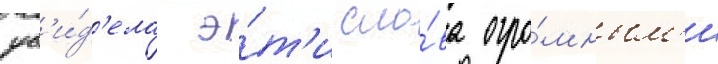
ув'и́д'ела э́т'и сло́ва огро́мным'и